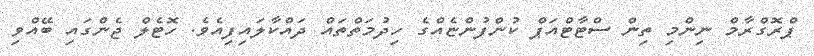
ޕްރޮގްރާމް ނިންމި ތިން ސްޓާޓްއަޕް ކުންފުންޏެއްގެ ހިދުމަތްތައް ދައްކާލައިފިއެވެ. ހޮޓެލް ޖެންގައި ބޭއްވި